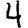
Digit: 4